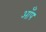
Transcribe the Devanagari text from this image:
आँप